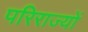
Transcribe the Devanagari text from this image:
परिराज्यों